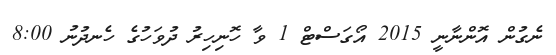
ނެގުން އޮންނާނީ 2015 އޯގަސްޓް 1 ވާ ހޮނިހިރު ދުވަހުގެ ހެނދުނު 8:00